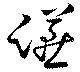
讌